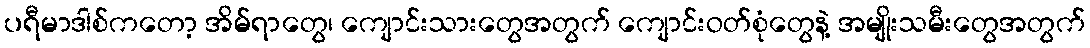
ပရီမာဒါစ်ကတော့ အိမ်ရာတွေ၊ ကျောင်းသားတွေအတွက် ကျောင်းဝတ်စုံတွေနဲ့ အမျိုးသမီးတွေအတွက်